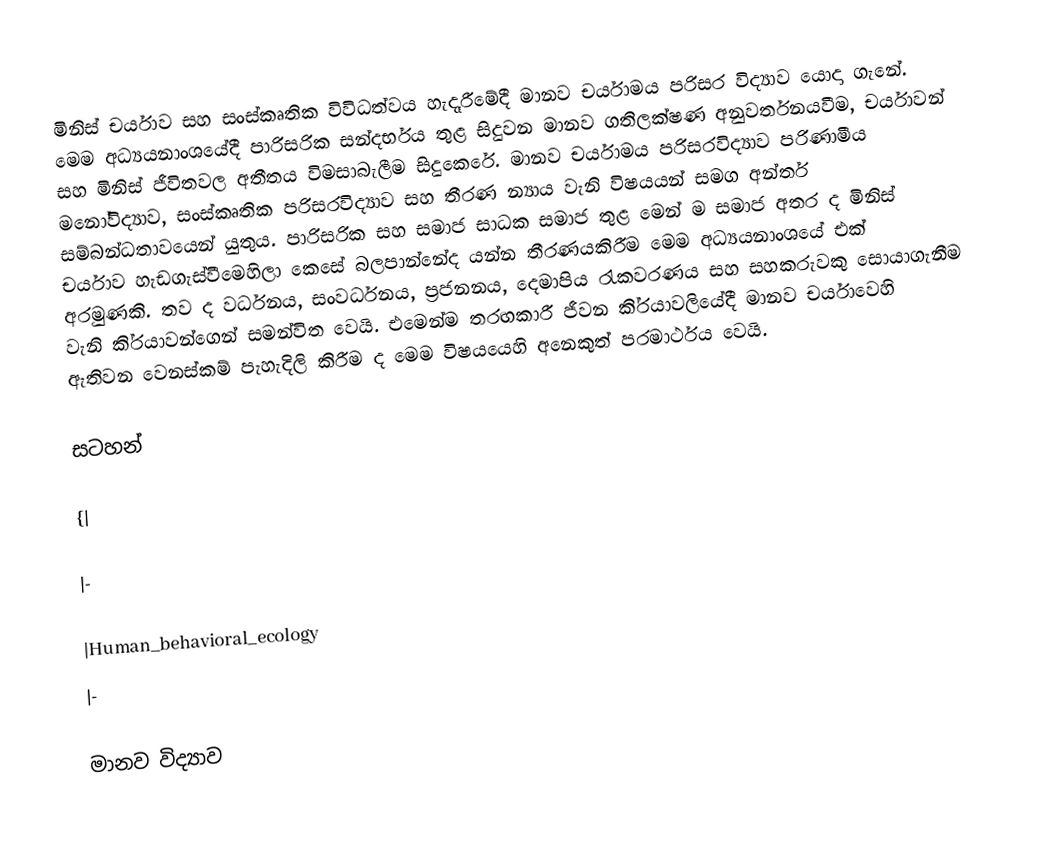
මිනිස් චර්යාව සහ සංස්කෘතික විවිධත්වය හැදෑරීමේදී මානව චර්යාමය පරිසර විද්‍යාව යොදා ගැනේ. මෙම අධ්‍යයනාංශයේදී පාරිසරික සන්දර්භය තුළ සිදුවන මානව ගතිලක්ෂණ අනුවර්තනයවීම, චර්යාවන් සහ මිනිස් ජීවිතවල අතීතය විමසාබැලීම සිදුකෙරේ. මානව චර්යාමය පරිසරවිද්‍යාව පරිණාමීය මනෝවිද්‍යාව, සංස්කෘතික පරිසරවිද්‍යාව සහ තීරණ න්‍යාය වැනි විෂයයන් සමග අන්තර් සම්බන්ධතාවයෙන් යුතුය. පාරිසරික සහ සමාජ සාධක සමාජ තුළ මෙන් ම සමාජ අතර ද මිනිස් චර්යාව හැඩගැස්වීමෙහිලා කෙසේ බලපාන්නේද යන්න තීරණයකිරීම මෙම අධ්‍යයනාංශයේ එක් අරමුණකි. තව ද වර්ධනය, සංවර්ධනය, ප‍්‍රජනනය, දෙමාපිය රැකවරණය සහ සහකරුවකු සොයාගැනීම වැනි කි‍්‍රයාවන්ගෙන් සමන්විත වෙයි. එමෙන්ම තරඟකාරී ජීවන කි‍්‍රයාවලියේදී මානව චර්යාවෙහි ඇතිවන වෙනස්කම් පැහැදිලි කිරීම ද මෙම විෂයයෙහි අනෙකුත් පරමාර්ථය වෙයි.

සටහන්

{|

|-

|Human_behavioral_ecology
|-

මානව විද්‍යාව